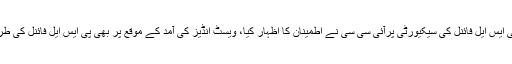
رینجرز کے بریگیڈیئر شاہد نے کہا کہ پی ایس ایل فائنل کی سیکیورٹی پرآئی سی سی نے اطمینان کا اظہار کیا، ویسٹ انڈیز کی آمد کے موقع پر بھی پی ایس ایل فائنل کی طرز پر سیکیورٹی اقدامات کیے جائیں گے۔